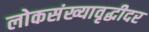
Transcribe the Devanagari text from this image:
लोकसंख्यावृद्धीदर